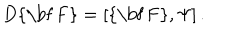
LaTeX: D \mathrm { { \bf ~ F } } = \left[ \mathrm { { \bf ~ F } } , \Psi \right] .